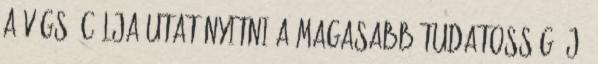
a végső célja utat nyitni a magasabb tudatosság új,